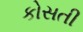
કોસતી